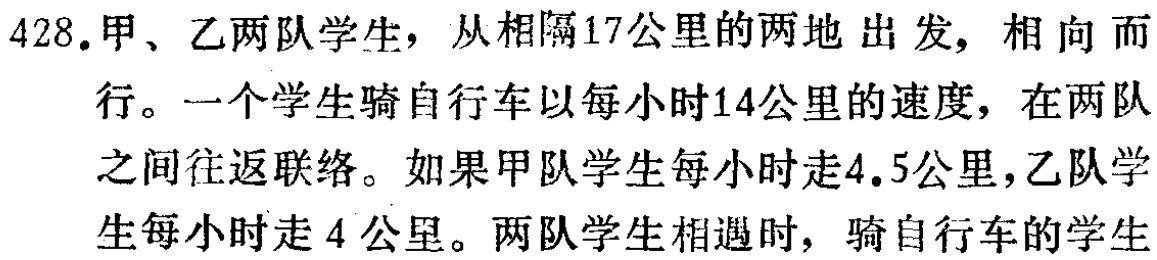
428.甲、乙两队学生，从相隔17公里的两地出发，相向而行。一个学生骑自行车以每小时14公里的速度，在两队之间往返联络。如果甲队学生每小时走4.5公里，乙队学生每小时走4公里。两队学生相遇时，骑自行车的学生